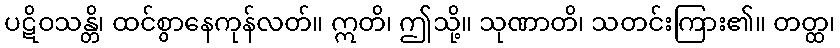
ပဋိဝသန္တိ၊ ထင်စွာနေကုန်လတ်။ ဣတိ၊ ဤသို့။ သုဏာတိ၊ သတင်းကြား၏။ တတ္ထ၊